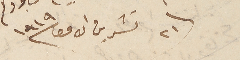
٢١ تشرين الاول ١٩١٩